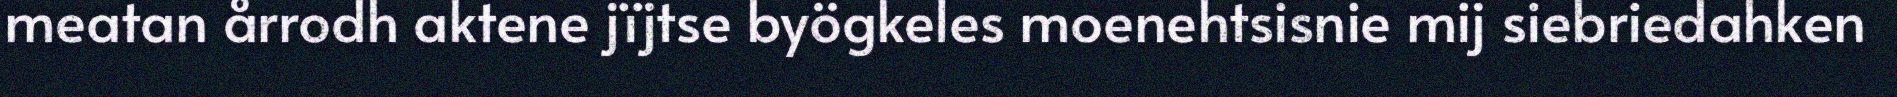
meatan årrodh aktene jïjtse byögkeles moenehtsisnie mij siebriedahken